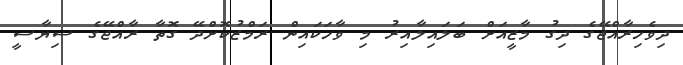
ދިވެހިރާއްޖޭގެ ދިގު މާޒީއަށް ބަލައިލާއިރު މި ވާހަކައިން ރަމްޒުކޮށްދޭ ގޮތާ ރާއްޖޭގެ ސިޔާސީ